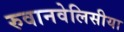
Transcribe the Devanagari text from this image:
रुवानवेलिसीया